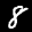
Label: 8